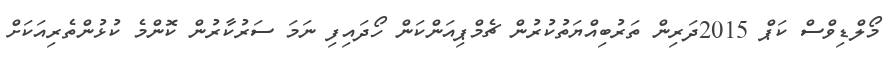
މޯލްޑިވްސް ކަޕް 2015ދަރިން ތަރުބިއްޔަތުކުރުން ޗެމްޕިއަންކަން ހޯދައިފި ނަމަ ސަރުކާރުން ކޮންމެ ކުޅުންތެރިއަކަށް